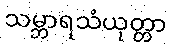
သမ္ဘာရသံယုတ္တာ